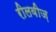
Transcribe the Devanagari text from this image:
रीलवीज़